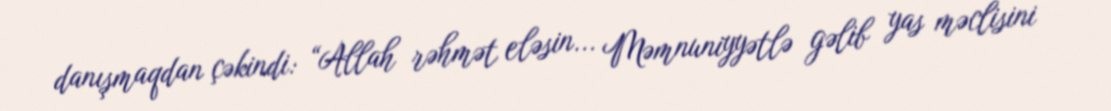
danışmaqdan çəkindi: “Allah rəhmət eləsin... Məmnuniyyətlə gəlib yas məclisini